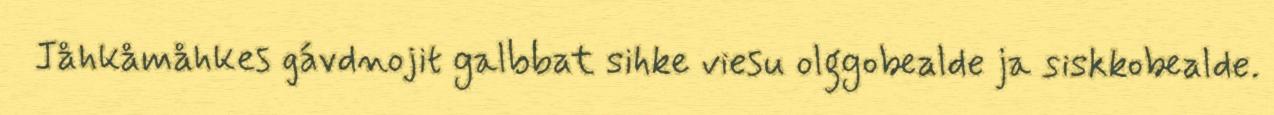
Jåhkåmåhkes gávdnojit galbbat sihke viesu olggobealde ja siskkobealde.